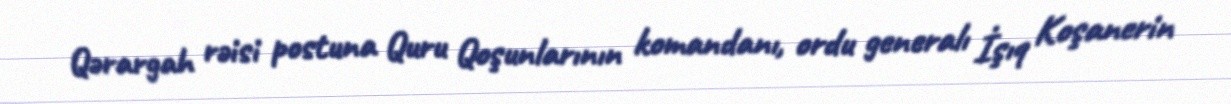
Qərargah rəisi postuna Quru Qoşunlarının komandanı, ordu generalı İşıq Koşanerin